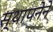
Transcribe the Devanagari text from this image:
स्‍थापनेने